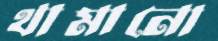
থামানো